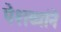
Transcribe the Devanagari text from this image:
पेशव्यांने